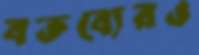
বক্তব্যেরও